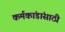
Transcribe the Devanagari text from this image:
कर्मकांडांसाठी